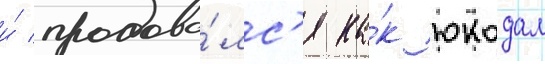
и́ продава́лс'я ка́к юкодал